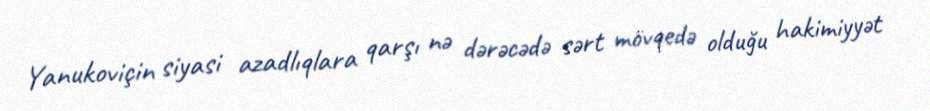
Yanukoviçin siyasi azadlıqlara qarşı nə dərəcədə sərt mövqedə olduğu hakimiyyət